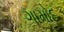
ગામોદ